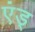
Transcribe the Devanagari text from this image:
एंड्